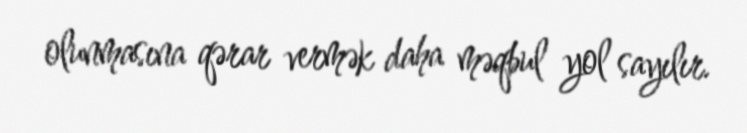
olunmasına qərar vermək daha məqbul yol sayılır.